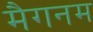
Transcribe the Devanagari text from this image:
मैगनम